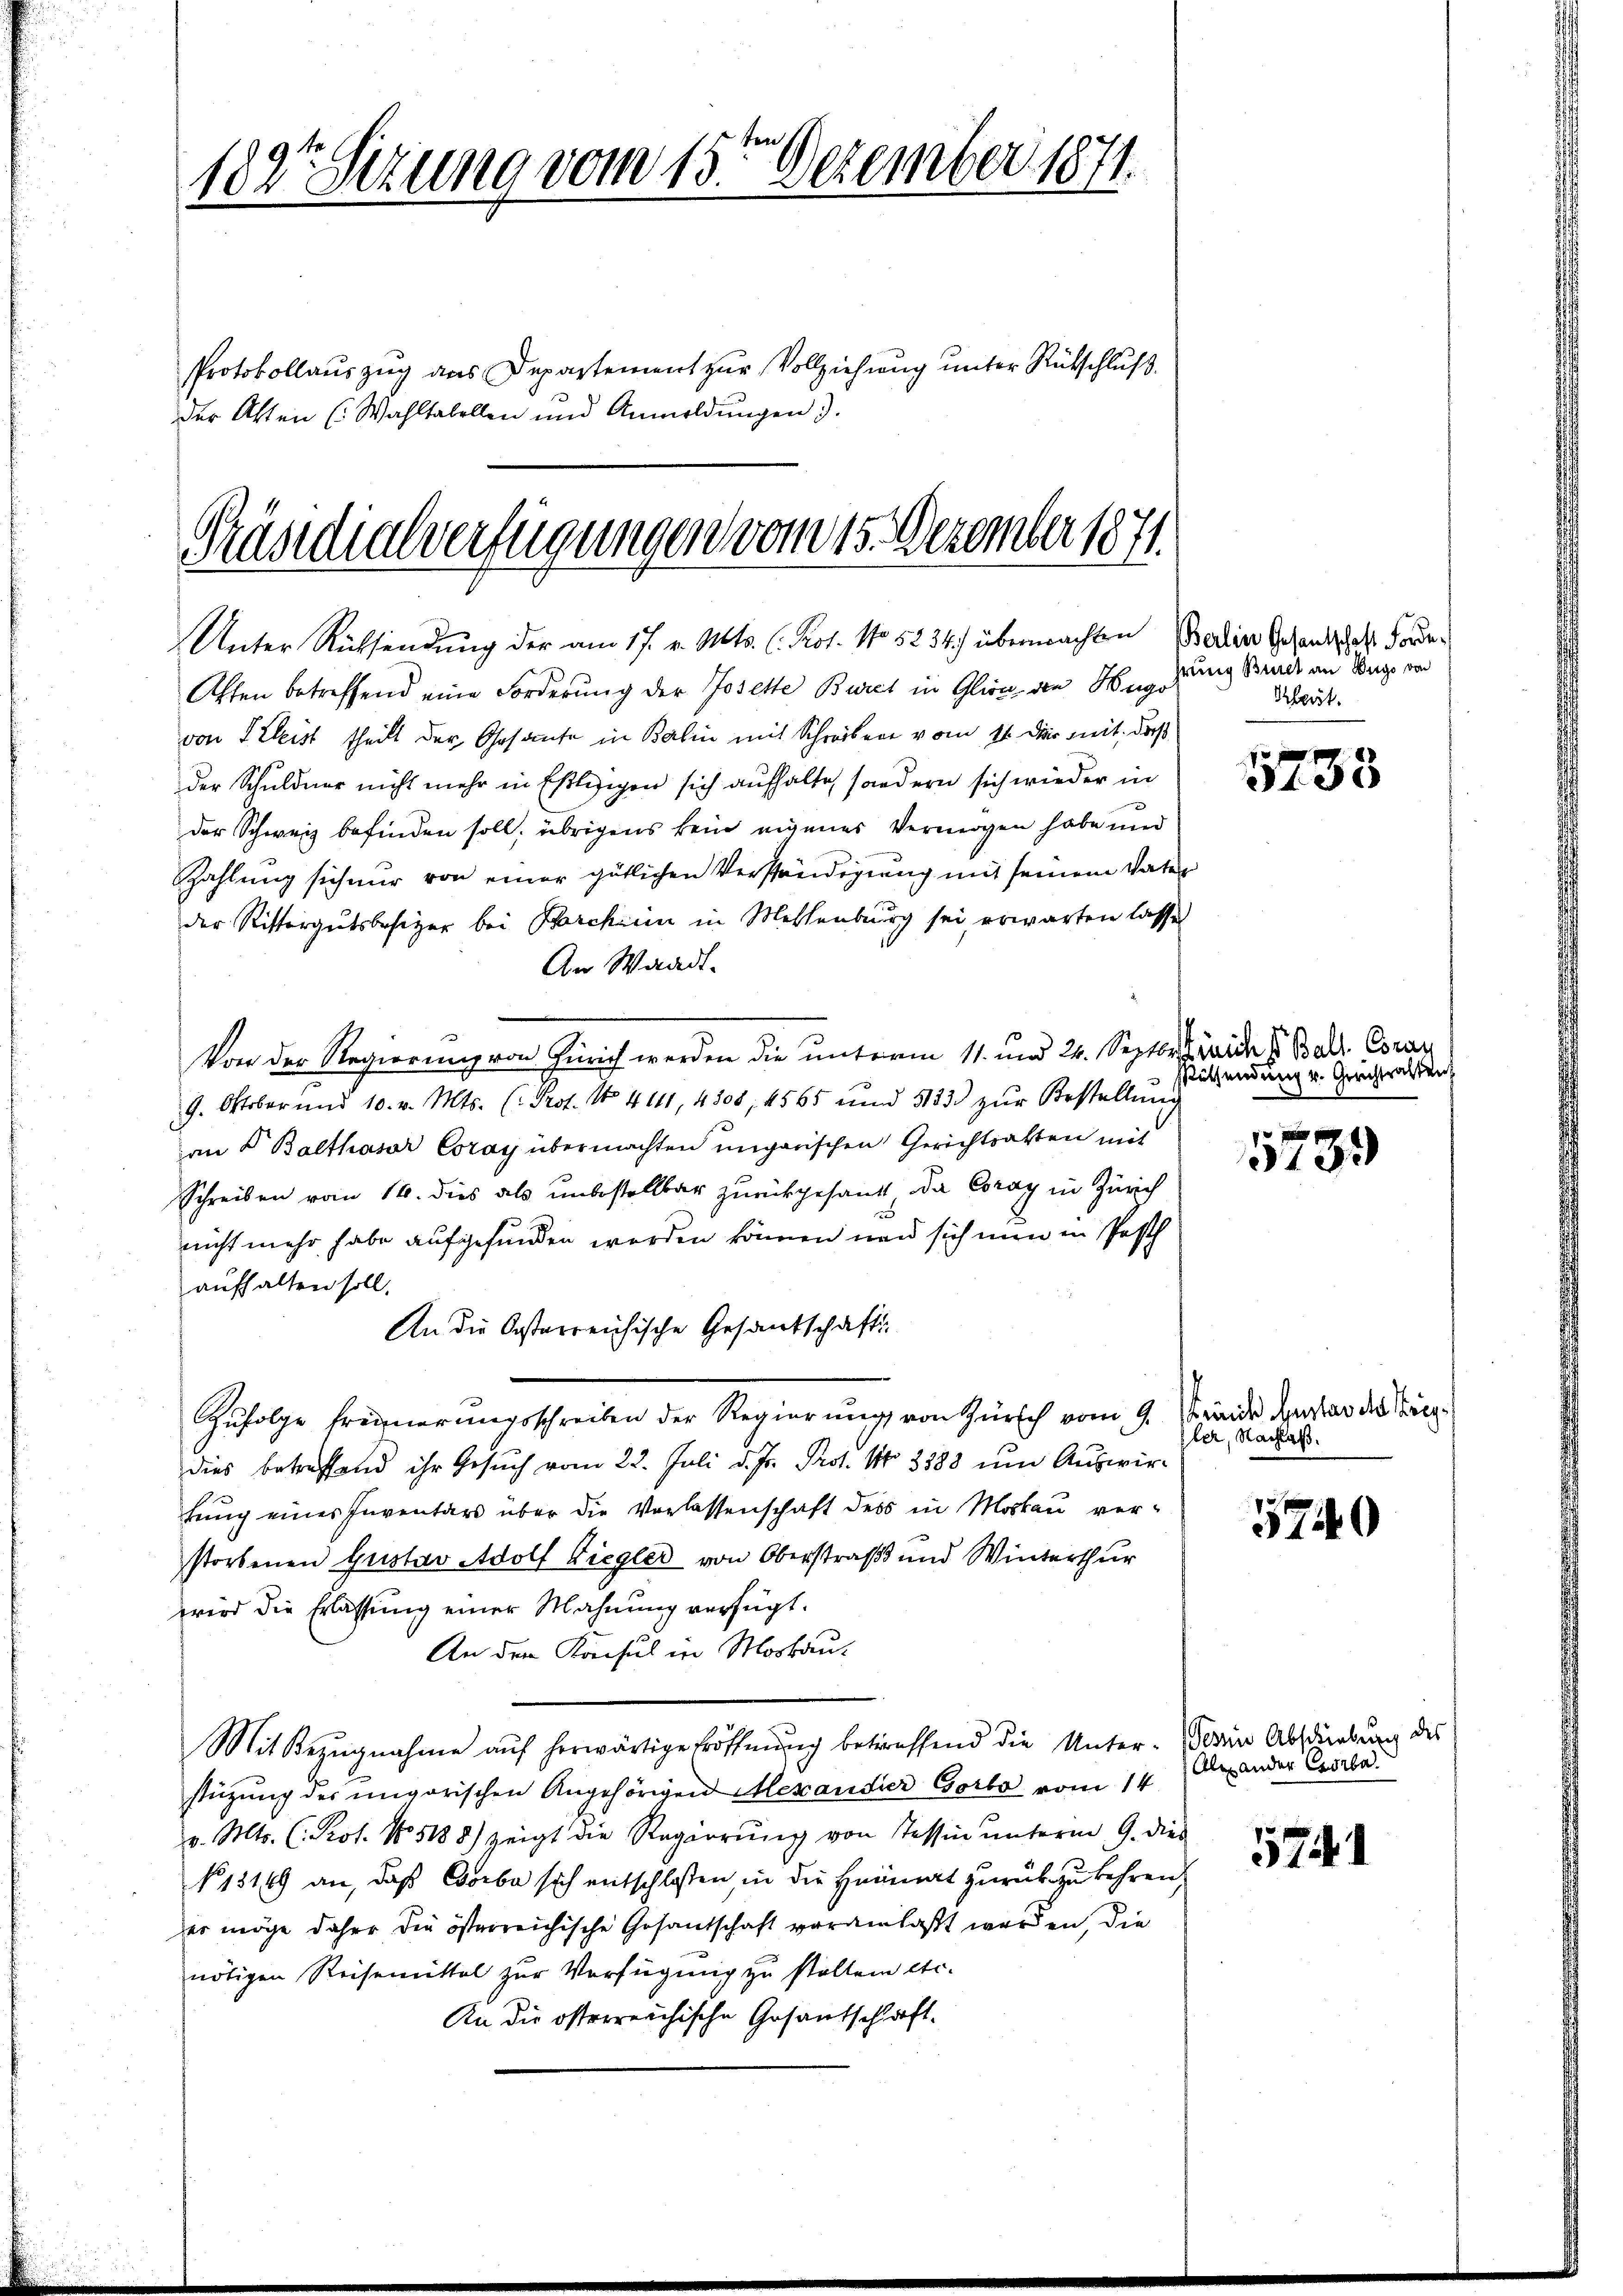
2 f 0 x
182 Sezung vom 13. Dezember 1871.

Protokollauszug aus Departement zur Vollziehung unter Rütschluß.
der Akten (Wahltabellen und Anmeldungen 3.

Präsidialverfügungen vom 15. Dezember 1871.
Unter Rücksendung der am 17. v. Mts. (Kot. No 5234) übermachten Berlin schankschaft Forder

Affen betreffend eine Forderung der Josette Buret in Glion den Hugo
von Fleist theilt der Gesamte in Balin mit Schreiben vom 11. Dir mit, daß
der Schuldner nicht mehr in Estleizigen sich aufhalte, sondern sich wieder in
der Schweiz befinden soll, übrigens kein eigenes Vermögen habe und
Zahlung sich nur von einer gütlichen Verständigung mit seinem Vater
der Rittergutsbesitzer bei Barcharin in Messenburg sei, erwarten lasse
An Waadt.
Von der Regierung von Zürich werden die unterm 11. und 24. Septbr ides Ball. Coran
9. Oktober und 10. v. Mts. (: Prof. No. 4111, 4308, 4565 und 3123. zŭr Bestellŭng
an 4 Balthasar Coray übermachten ungarischen Gerichtratten mit
Schreiben vom 16. dies als unbestellbar zurückgesandt da Coray in Zürich
nicht mehr habe aufgefunden werden können und sich nun in Posth
aufhalten soll.
An die Osterreichische Gesandschaft
Zufolge freierungsschreiben der Regierung von Zürich vom 9. Brände derar des Krieg
dies betreffend ihr Gesuch vom 22. Juli d. Js. Prot. No 3388 um Auswir-
hung eines Inventars über die Verlassenschaft des in Moskau verstorbenen Gustav Adolf Ziegler von Oberstraß und Winterthur
wird die Erlassung einer Mahnung verfügt.
An den Konsul in Moskau¬
Mit Bezugnahme auf herwärtige Eröffnung betreffend die Unter-Wein Abstrebung des
stüzung der ungarischen Angehörigen Mexander Corto vom 14.
v. Mts. (Rot. No 5188) zeigt die Regierŭng von Tessin ŭnterm 9. dies
No. 1819 an, daß Barbe sich entschlossen, in die Heimat zurückzukehren,
er möge daher die österreichische Gesantschaft veranlaßt werden, die
nötigen Reisemittel zur Verfügung zu stellen etc.
An die österreichische Gesandschaft.

hrung Burel an Hugo von
Kbert.

5733

süssendung v. Gerichtrachten

315.

ler, Nachlaß.

57140

Alexander Casiba

17.